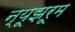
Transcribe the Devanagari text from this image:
न्यूझरूम